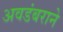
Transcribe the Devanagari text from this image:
अवडंबराने